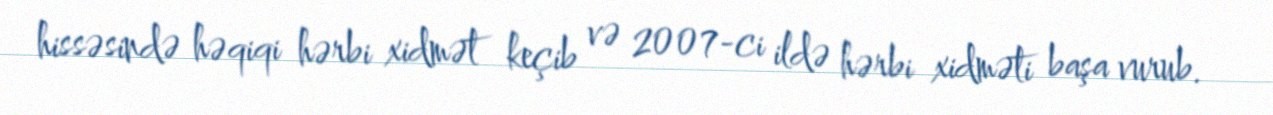
hissəsində həqiqi hərbi xidmət keçib və 2007-ci ildə hərbi xidməti başa vurub.